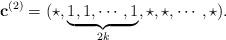
LaTeX: \begin{align*}\mathbf{c}^{(2)}=(\star,\underbrace{1,1,\cdots,1}_{2k},\star,\star,\cdots,\star).\end{align*}